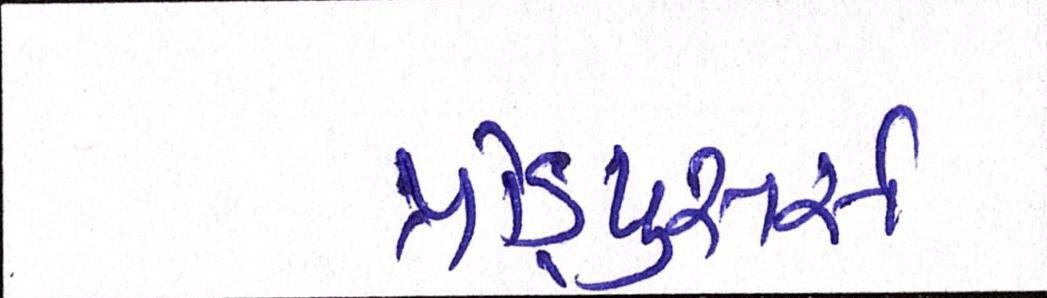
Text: પ્રોડ્યુસર્સ